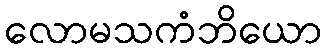
လောမသကံဘိယော